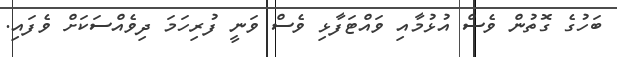
ބަހުގެ ގޮތުން ވެސް އުޅުމާއި ވައްޓަފާޅި ވެސް ވަނީ ފުރިހަމަ ދިވެއްސަކަށް ވެފައި.